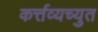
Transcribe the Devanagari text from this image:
कर्त्तव्यच्युत